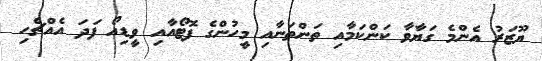
ޔޫޒަރު އެންމެ ގަޔާވާ ކަންކަމާއި ތަންތަނާއި މީހުންގެ ފޮޓޯއާއި ވީޑިއޯ ފަދަ އެއްޗެހި